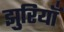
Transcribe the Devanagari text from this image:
झुरियाँ